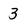
Character: 3